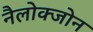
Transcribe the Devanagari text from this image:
नैलोक्जोन